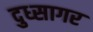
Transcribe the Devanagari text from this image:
दुध्सागर